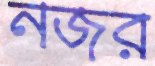
নজর